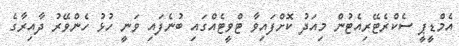
އެމްޑީޕީ ސެކްރެޓޭރިއެޓުން މިއަދު ކޮށްފައިވާ ޓްވީޓެއްގައި ބުނެފައި ވަނީ ހުޅު ހެންވޭރު ދާއިރާގެ